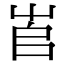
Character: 𡴎